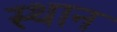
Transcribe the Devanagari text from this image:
स्‍थान